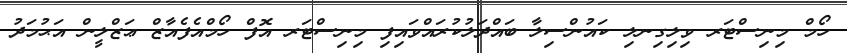
ހޯމް މިނިސްޓަރ ވިލިގިނލި ކައުންސިލާ ބައްދަލުކުރައްވައިފި މިނިސްޓަރ އޮފް ހޯމްއެފެއާޒް ޢަޒްލީން އަޙުމަދު